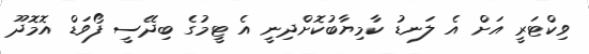
ވިކްޓަރީ އަށް އެ ލަނޑު ކާމިޔާބުކޮށްދިނީ އެ ޓީމުގެ ބިދޭސީ ފޯވަޑް އޮމޮދޫ